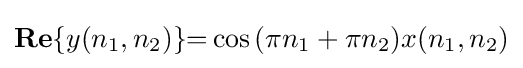
\mathbf {Re} \lbrace y(n_{1},n_{2})\rbrace {=}\cos {(\pi n_{1}+\pi n_{2})}x(n_{1},n_{2})